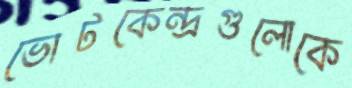
ভোটকেন্দ্রগুলোকে